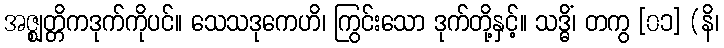
အဇ္ဈတ္တိကဒုက်ကိုပင်။ သေသဒုကေဟိ၊ ကြွင်းသော ဒုက်တို့နှင့်။ သဒ္ဓိံ၊ တကွ [၀၁] (နိ၊